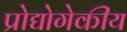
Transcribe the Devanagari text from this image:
प्रोद्योगेकीय